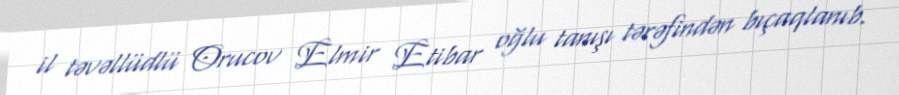
il təvəllüdlü Orucov Elmir Etibar oğlu tanışı tərəfindən bıçaqlanıb.